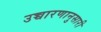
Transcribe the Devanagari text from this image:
उच्चारणानुसारी